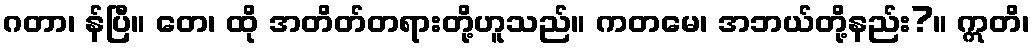
ဂတာ၊ န်ပြီ။ တေ၊ ထို အတိတ်တရားတို့ဟူသည်။ ကတမေ၊ အဘယ်တို့နည်း?။ ဣတိ၊